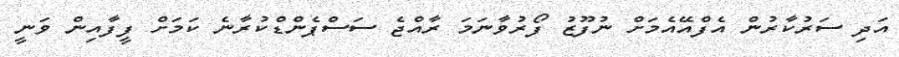
އަދި ސަރުކާރުން އެފްއޭއެމަށް ނުފޫޒު ފޯރުވާނަމަ ރާއްޖެ ސަސްޕެންޑްކުރާނެ ކަމަށް ފީފާއިން ވަނީ